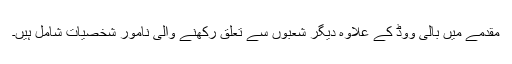
مقدمے میں بالی ووڈ کے علاوہ دیگر شعبوں سے تعلق رکھنے والی نامور شخصیات شامل ہیں۔